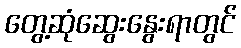
တွေ့ဆုံဆွေးနွေးရာတွင်